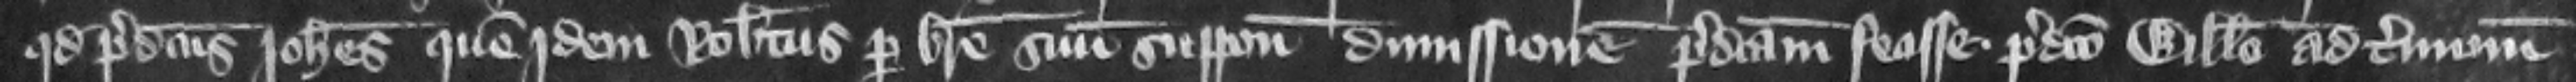
quod predictus Iohannes quem jdem Robertus per breue suum supponit dimissionem predictam fecisse predicto Willelmo ad terminum